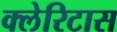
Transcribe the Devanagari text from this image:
क्लेरिटास